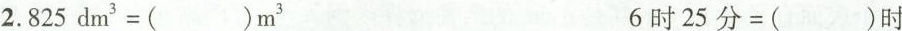
2.$$ 8 2 5 d m ^ { 3 } = (）m ^ { 3 }$$ $$ 6 时 2 5 分 = () 时$$